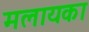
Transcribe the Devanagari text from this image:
मलायका